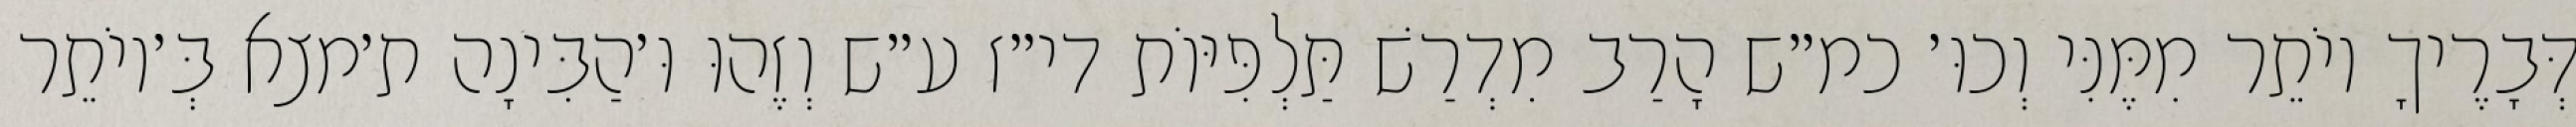
דְּבָרֶיךָ יוֹתֵר מִמֶּנִּי וְכוּ׳ כמ״ש הָרַב מִדְרַשׁ תַּלְפִּיּוֹת די״ז ע״ש וְזֶהוּ וּ׳הַבִּינָה ת׳מצא בְּ׳יוֹתֵר